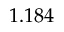
1 . 1 8 4